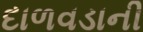
દાળવડાની